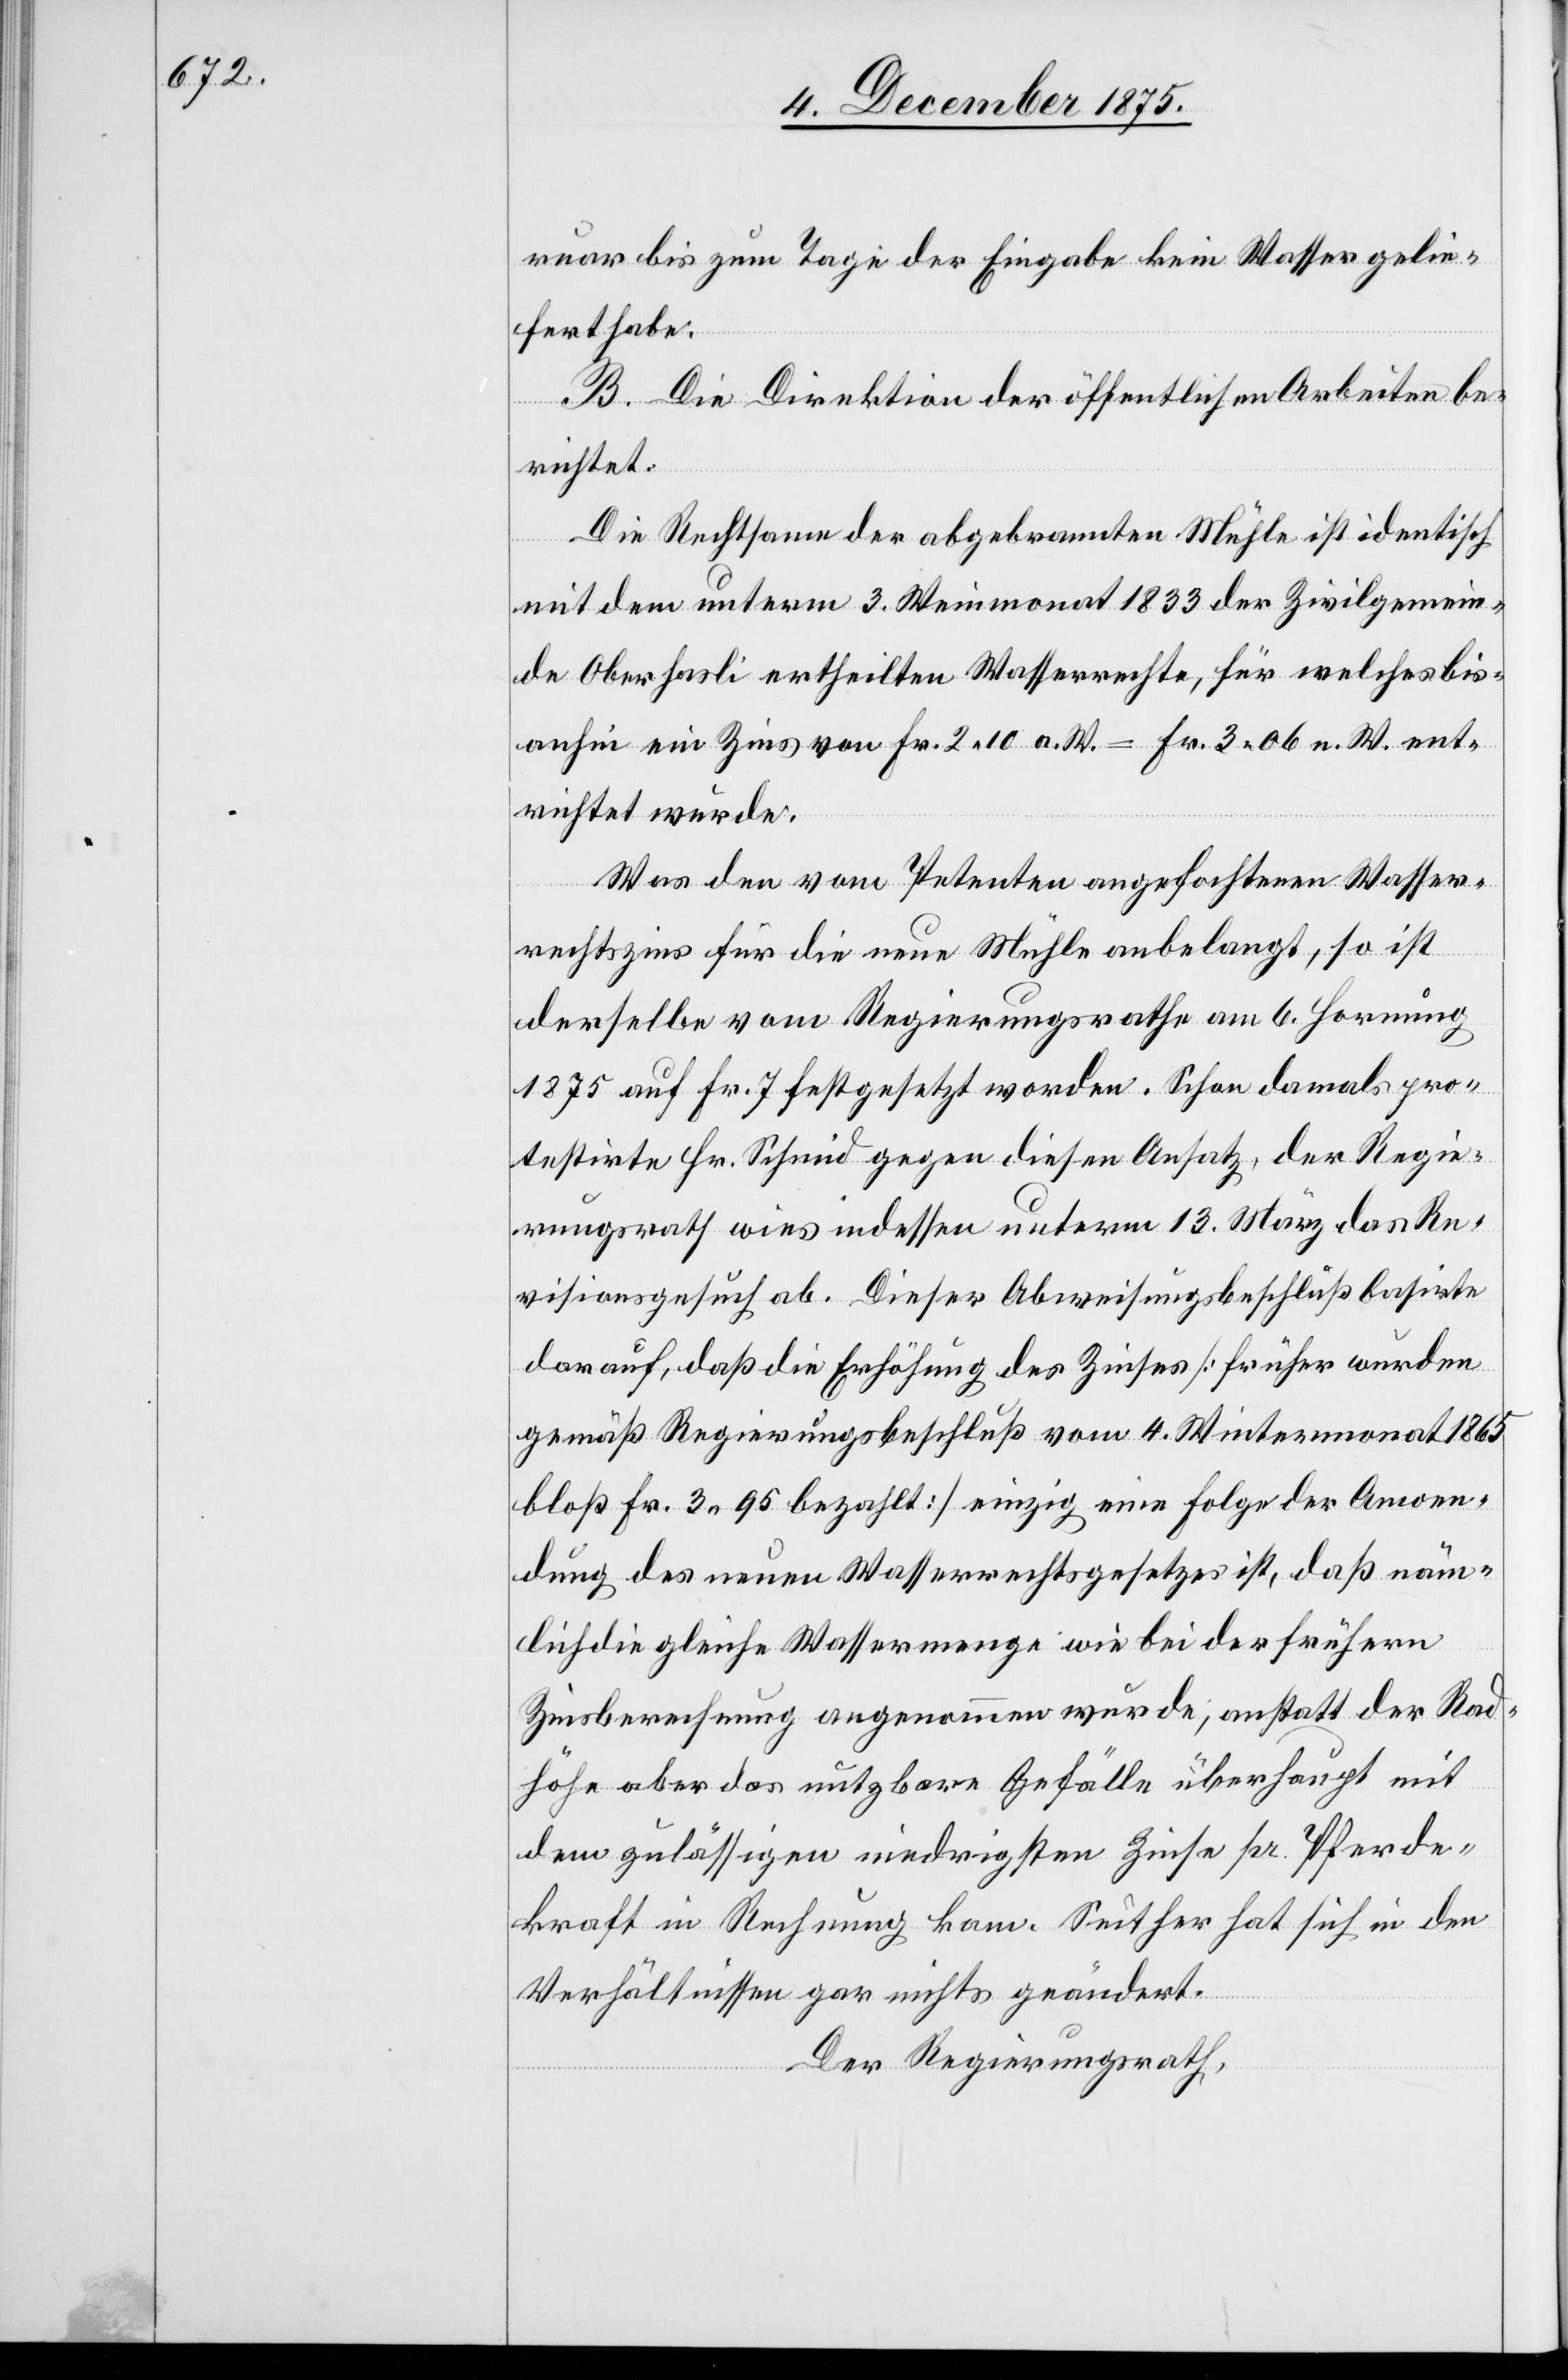
ruar bis zum Tage der Eingabe kein Wasser gelie¬
fert habe.
B. Die Direktion der öffentlichen Arbeiten be¬
richtet:
Die Rechtsame der abgebrannten Mühle ist identisch
mit dem unterm 3. Weinmonat 1833 der Zivilgemein¬
de Oberhasli ertheilten Wasserrechte, für welches bis¬
anhin ein Zins von Fr. 2 10 a. W. = Fr. 3 06 n. W. ent¬
richtet wurde.
Was den vom Petenten angefochtenen Wasser¬
rechtszins für die neue Mühle anbelangt, so ist
derselbe vom Regierungsrathe am 6. Hornung
1875 auf Fr. 7 festgesetzt worden. Schon damals pro¬
testirte Hr. Schmid gegen diesen Ansatz, der Regie¬
rungsrath wies indessen unterm 13. März das Re¬
visionsgesuch ab. Dieser Abweisungsbeschluß basirte
darauf, daß die Erhöhung des Zinses [früher wurden
gemäß Regierungsbeschluß vom 4. Wintermonat 1865
bloß Fr. 3 95 bezahlt] einzig eine Folge der Anwen¬
dung des neuen Wasserrechtsgesetzes ist, daß näm¬
lich die gleiche Wassermenge wie bei der frühern
Zinsberechnung angenommen wurde, anstatt der Rad¬
höhe aber das nutzbare Gefälle überhaupt mit
dem zulässigen niedrigsten Zinse pr. Pferde¬
kraft in Rechnung kam. Seither hat sich in den
Verhältnissen gar nichts geändert.
Der Regierungsrath,